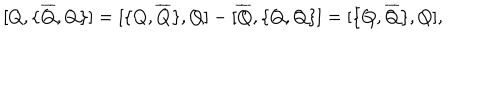
{ [ } Q , { \{ } \overline { { { Q } } } , Q { \} } { ] } = { [ } { \{ } Q , \overline { { { Q } } } { \} } , Q { ] } - { [ } \overline { { { Q } } } , { \{ } Q , Q { \} } { ] } = { [ } { \{ } Q , \overline { { { Q } } } { \} } , Q { ] } ,